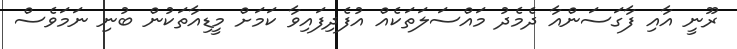
ރޫނީ އާއި ފާގަސަންއާ ދެމެދު މައްސަލަތަކެއް އުފެދިފައިވާ ކަމަށް މީޑިއާތަކުން ބުނި ނަމަވެސް